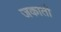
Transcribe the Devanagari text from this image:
जकाती